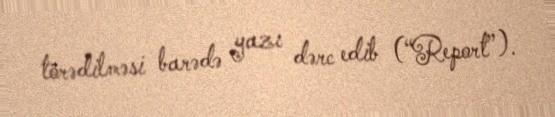
törədilməsi barədə yazı dərc edib (“Report”).